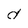
Character: d